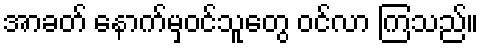
အာခတ် နောက်မှဝင်သူတွေ ဝင်လာ ကြသည်။